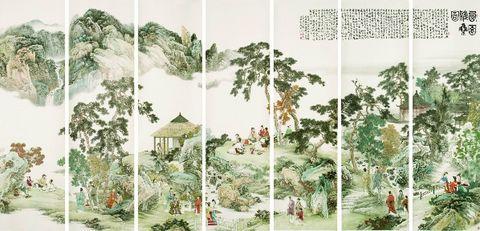
人间有味是清欢。